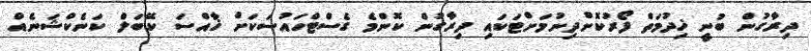
ދިރާގުން ބުނީ ޚިދުމަތް ފޯރުކޮށްދިނުމަށްޓަކައި ދިރާގުން ކޮންމެ ގެސްޓްހައުސަކަށް ޚާއްސަ ކޭބަލް ކަނެކްޝަނެއް